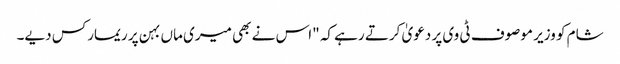
شام کو وزیر موصوف ٹی وی پر دعویٰ کرتے رہے کہ "اس نے بھی میری ماں بہن پر ریمارکس دیے۔